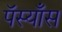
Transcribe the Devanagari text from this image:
पॅस्याँस